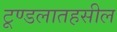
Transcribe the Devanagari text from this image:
टूण्डलातहसील